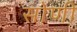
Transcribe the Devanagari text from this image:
सोणी